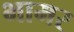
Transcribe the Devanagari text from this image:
भामर